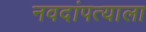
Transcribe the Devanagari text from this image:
नवदांपत्याला